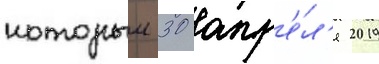
которыи 30 апр'е́л'я 2019